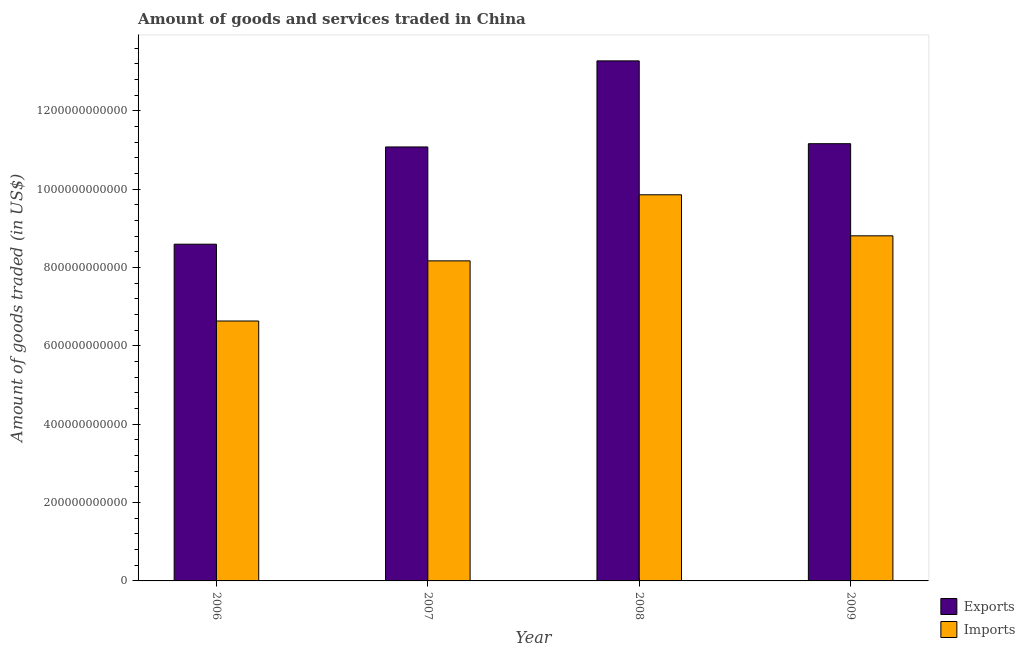
| Year | Exports | Imports |
 | --- | --- | --- |
 | 2006 | 8.6e+11 | 6.64e+11 |
 | 2007 | 1.11e+12 | 8.17e+11 |
 | 2008 | 1.33e+12 | 9.86e+11 |
 | 2009 | 1.12e+12 | 8.81e+11 |